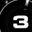
Digit: 3